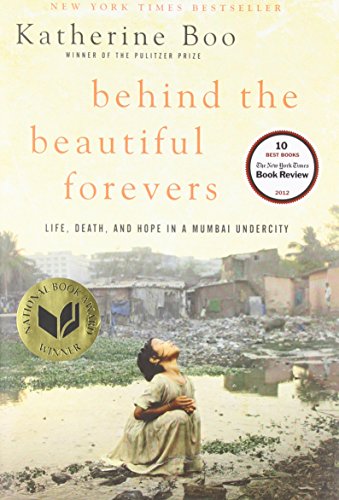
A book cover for Behind the Beautiful Forevers: Life, Death, and Hope in a Mumbai Undercity; Katherine Boo; Politics & Social Sciences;